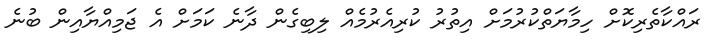
ރައްކާތެރިކޮށް ހިމާޔަތްކުރުމަށް އިތުރު ކުރިއެރުމެއް ލިބިގެން ދާނެ ކަމަށް އެ ޖަމިއްޔާއިން ބުނެ